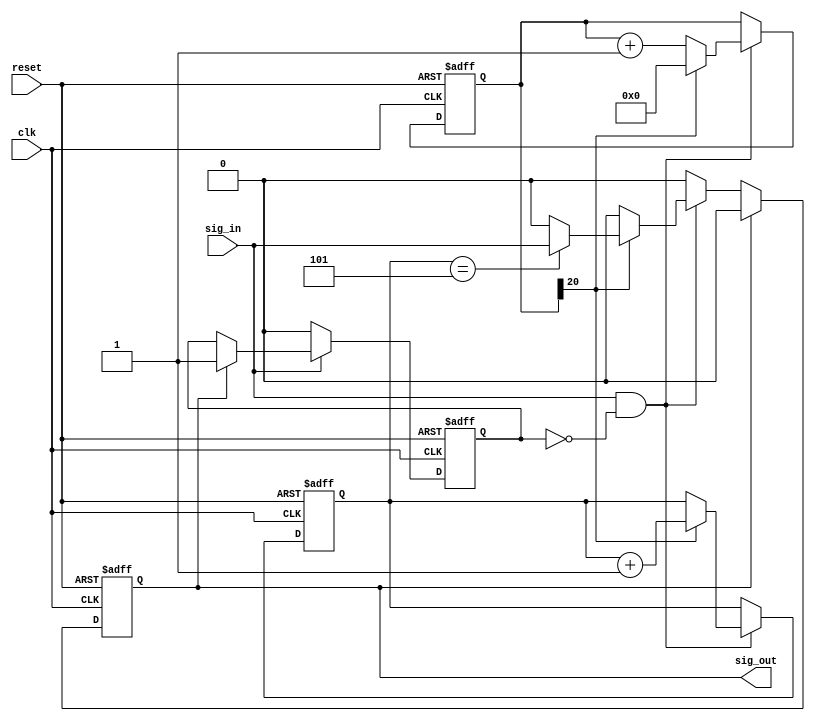
module debounce(clk, sig_in, sig_out, reset);
output reg sig_out;
input sig_in, clk, reset;
reg [20:0] counter;
reg [2:0] Wait;
reg flag;
always @(posedge clk or negedge reset)
begin
    if(!reset)
    begin
        sig_out <= 1'b0;
        Wait <= 7'd0;
        counter <= 21'b0;
        flag <= 1'b0;
    end
    else
    begin
        if(sig_in && !flag)
        begin
            counter <= counter + 1;
            if(counter[20])
            begin
                Wait <= Wait + 1;
                if(Wait == 3'd5)
                begin
                    sig_out <= sig_in;
                end
                counter <= 21'b0;
            end
        end    
        if(sig_out)
        begin
            sig_out <= 0;
            flag <= 1'b1;
        end
        if(!sig_in)
            flag <= 0;
    end       
end
endmodule